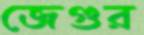
জেগুর